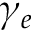
\gamma _ { e }